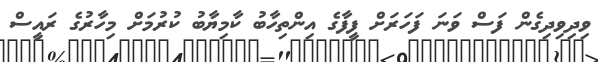
ވިދިވިދިގެން ފަސް ވަނަ ފަހަރަށް ފީފާގެ އިންތިހާބު ކާމިޔާބު ކުރުމަށް މިހާރުގެ ރައީސް